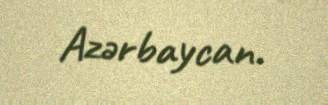
Azərbaycan.